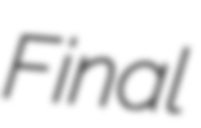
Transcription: Final